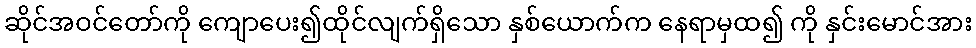
ဆိုင်အဝင်တော်ကို ကျောပေး၍ထိုင်လျက်ရှိသော နှစ်ယောက်က နေရာမှထ၍ ကို နှင်းမောင်အား